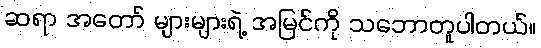
ဆရာ အတော် များများရဲ့ အမြင်ကို သဘောတူပါတယ်။